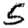
Digit: 5